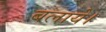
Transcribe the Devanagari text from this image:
बलाये।